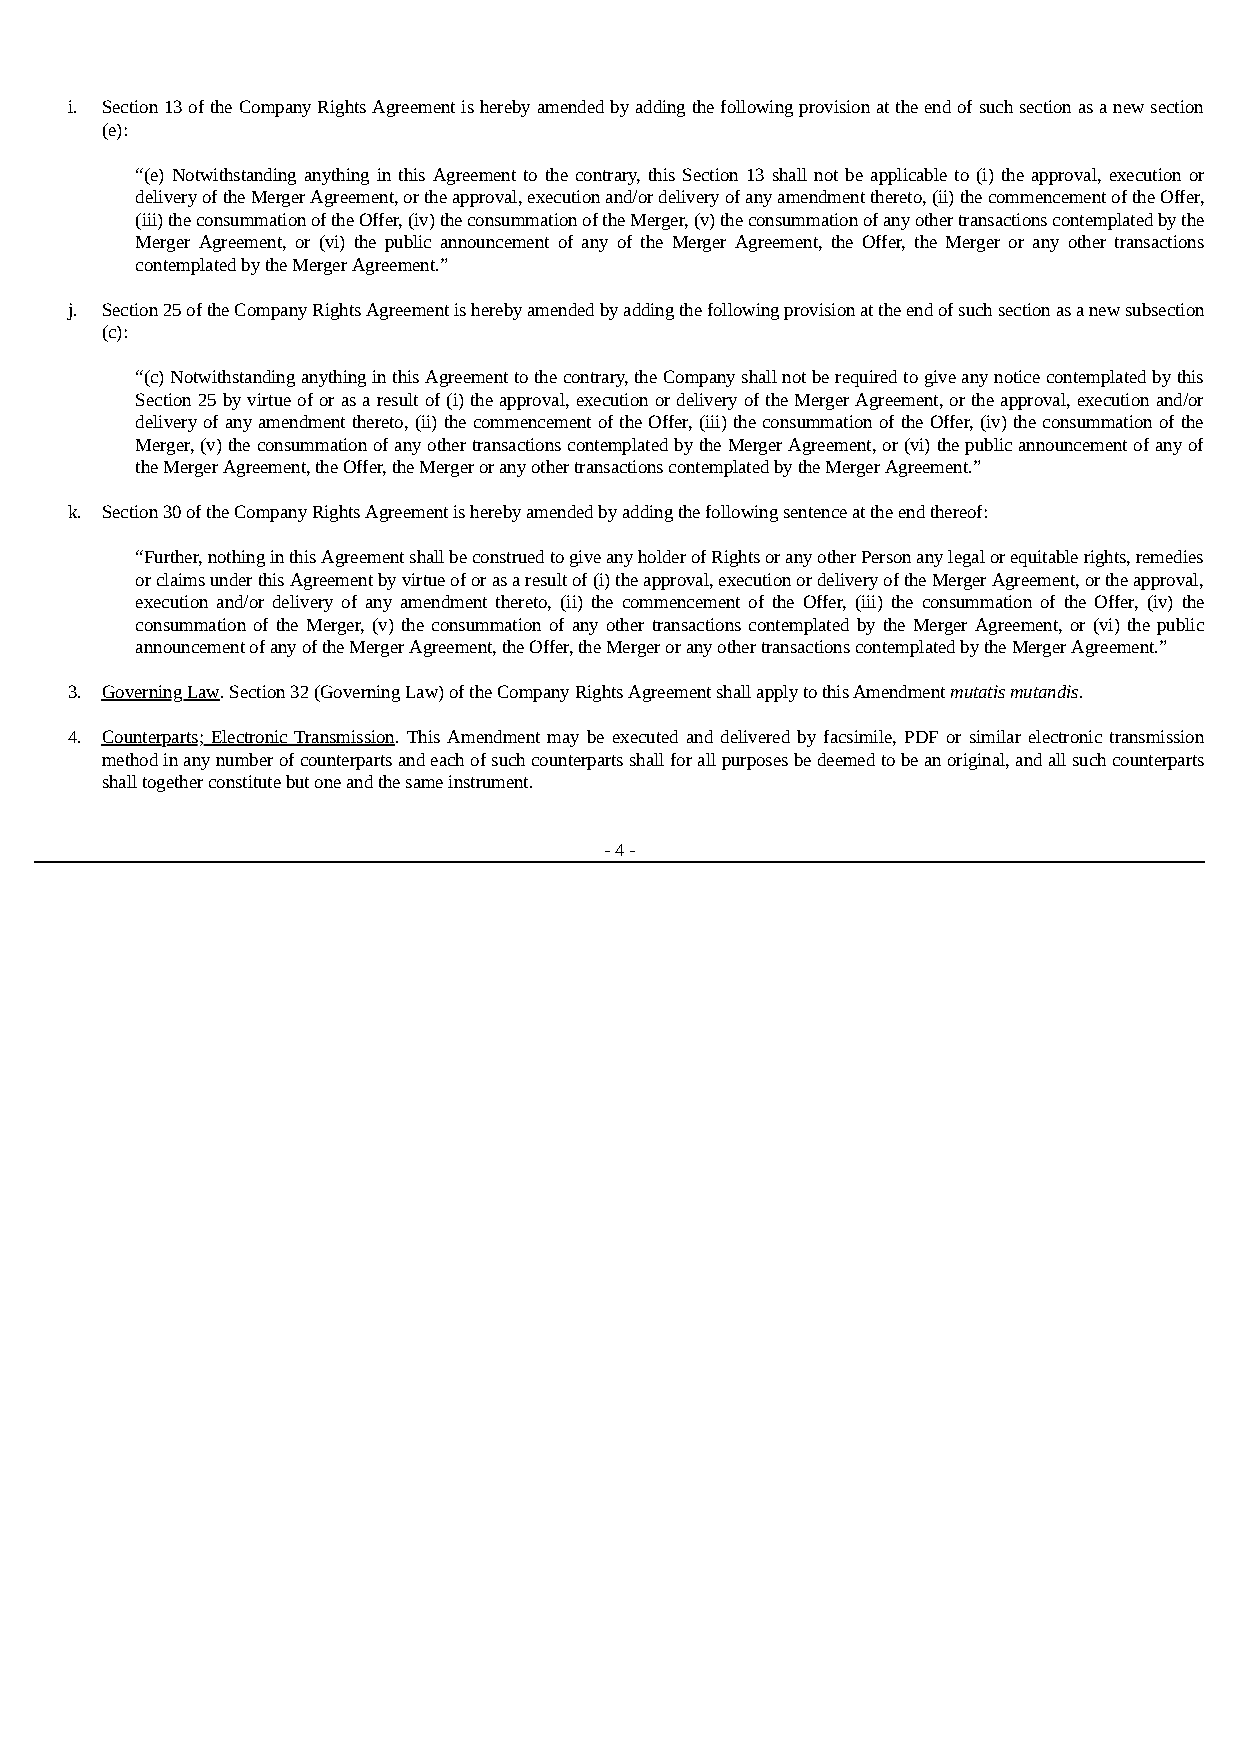
i. Section 13 of the Company Rights Agreement is hereby amended by adding the following provision at the end of such section as a new section
 (e):
 “(e) Notwithstanding anything in this Agreement to the contrary, this Section 13 shall not be applicable to (i) the approval, execution or
 delivery of the Merger Agreement, or the approval, execution and/or delivery of any amendment thereto, (ii) the commencement of the Offer,
 (iii) the consummation of the Offer, (iv) the consummation of the Merger, (v) the consummation of any other transactions contemplated by the
 Merger Agreement, or (vi) the public announcement of any of the Merger Agreement, the Offer, the Merger or any other transactions
 contemplated by the Merger Agreement.”
 j. Section 25 of the Company Rights Agreement is hereby amended by adding the following provision at the end of such section as a new subsection
 (c):
 “(c) Notwithstanding anything in this Agreement to the contrary, the Company shall not be required to give any notice contemplated by this
 Section 25 by virtue of or as a result of (i) the approval, execution or delivery of the Merger Agreement, or the approval, execution and/or
 delivery of any amendment thereto, (ii) the commencement of the Offer, (iii) the consummation of the Offer, (iv) the consummation of the
 Merger, (v) the consummation of any other transactions contemplated by the Merger Agreement, or (vi) the public announcement of any of
 the Merger Agreement, the Offer, the Merger or any other transactions contemplated by the Merger Agreement.”
 k. Section 30 of the Company Rights Agreement is hereby amended by adding the following sentence at the end thereof:
 “Further, nothing in this Agreement shall be construed to give any holder of Rights or any other Person any legal or equitable rights, remedies
 or claims under this Agreement by virtue of or as a result of (i) the approval, execution or delivery of the Merger Agreement, or the approval,
 execution and/or delivery of any amendment thereto, (ii) the commencement of the Offer, (iii) the consummation of the Offer, (iv) the
 consummation of the Merger, (v) the consummation of any other transactions contemplated by the Merger Agreement, or (vi) the public
 announcement of any of the Merger Agreement, the Offer, the Merger or any other transactions contemplated by the Merger Agreement.”
 3. Governing Law. Section 32 (Governing Law) of the Company Rights Agreement shall apply to this Amendment mutatis mutandis.
 4. Counterparts; Electronic Transmission. This Amendment may be executed and delivered by facsimile, PDF or similar electronic transmission
 method in any number of counterparts and each of such counterparts shall for all purposes be deemed to be an original, and all such counterparts
 shall together constitute but one and the same instrument.
 - 4 -